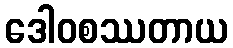
ဒေါဝစဿတာယ